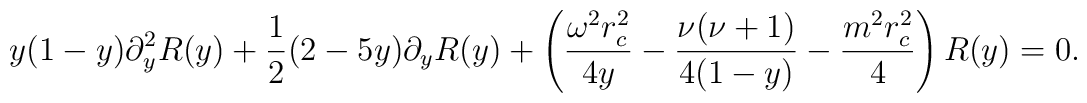
y(1-y)\partial_{y}^2 R(y) + \frac{1}{2}(2-5y)\partial_{y}R(y) +  \left(\frac{\omega^2 r_{c}^2}{4y} - \frac{\nu(\nu+1)}{4(1-y)} -  \frac{m^2 r_{c}^2}{4} \right)R(y) = 0.